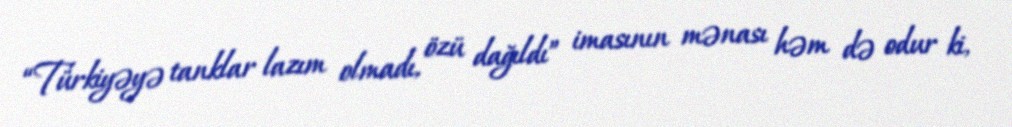
“Türkiyəyə tanklar lazım olmadı, özü dağıldı” imasının mənası həm də odur ki,